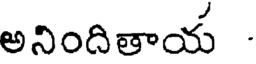
అనిందితాయ -